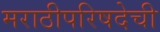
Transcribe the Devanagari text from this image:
मराठीपरिषदेची